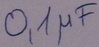
Text: 0,1µF